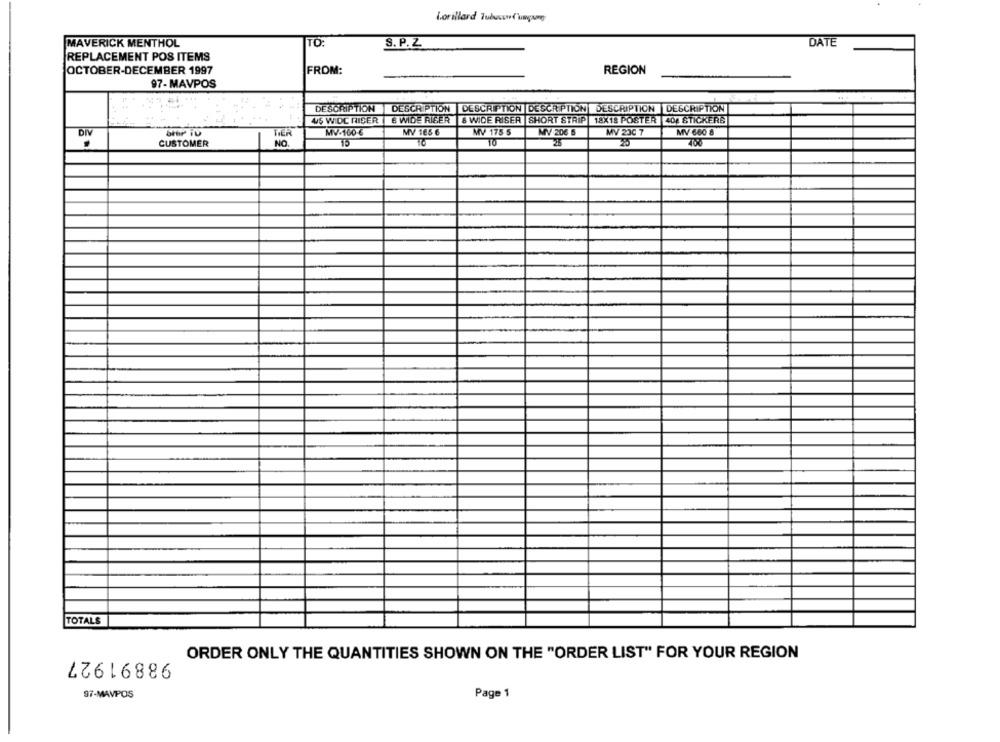
Lorillard Tubusd'ungang
MAVERICK MENTHOL
TO:
S. P. Z
DATE
REPLACEMENT POS ITEMS
OCTOBER-DECEMBER 1997
FROM:
REGION
97- MAVPOS
DESCRIPTION
DESCRIPTION
DESCRIPTION DESCRIPTION DESCRIPTION DESCRIPTION
45 WIDC RISER
WIDE RIGER
& WIDE RISER SHORT STRIP 18X18 POSTER |404 STICKERS
bitir iv
MV-160-6
MV 165 6
MV 175 5
MY 206 5
MV 230 7
MV 660 8
DIV
NO.
15
CUSTOMER
TO
TOTALS
98891927
ORDER ONLY THE QUANTITIES SHOWN ON THE "ORDER LIST" FOR YOUR REGION
97-MAVPOS
Page 1